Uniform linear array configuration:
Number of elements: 24
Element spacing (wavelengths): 0.5
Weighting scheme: binomial
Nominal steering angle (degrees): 0
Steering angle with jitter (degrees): -0.9516
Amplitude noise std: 0.05
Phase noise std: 0.05

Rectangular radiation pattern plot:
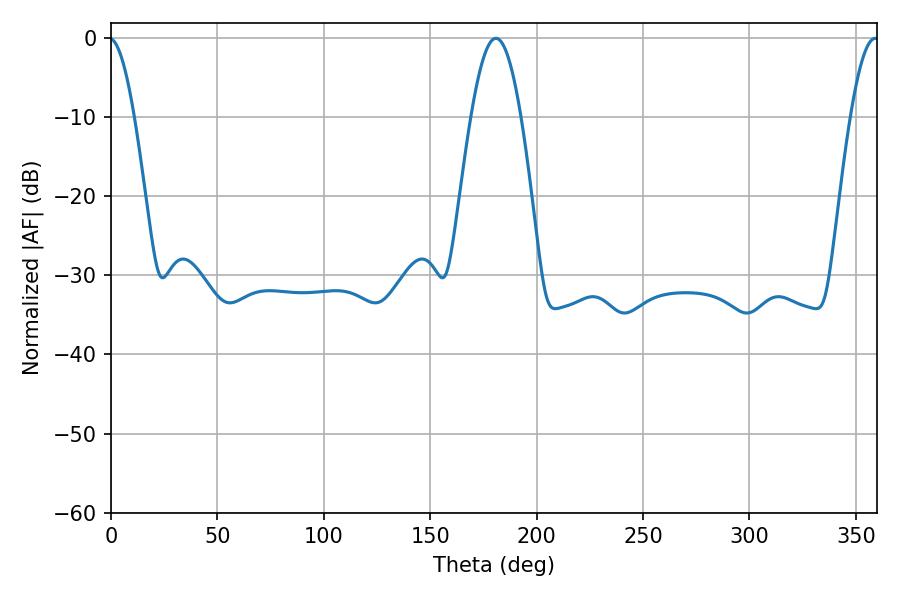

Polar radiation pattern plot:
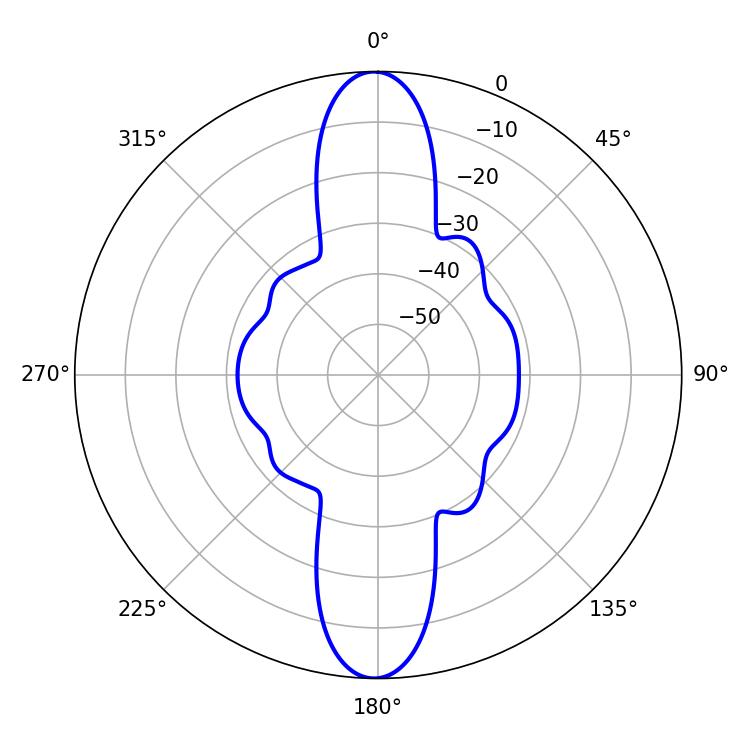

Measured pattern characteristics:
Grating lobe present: FALSE
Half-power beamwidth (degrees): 12.6
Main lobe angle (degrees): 180.9